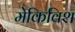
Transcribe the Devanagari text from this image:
मेकिविश